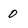
Character: 0